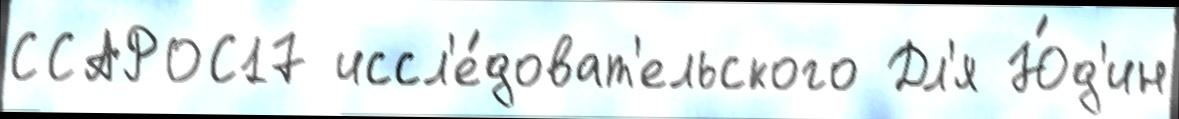
ССАРОС17 иссл'е́доват'ельского Дл'я Ю́д'ин